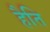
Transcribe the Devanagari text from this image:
हैति